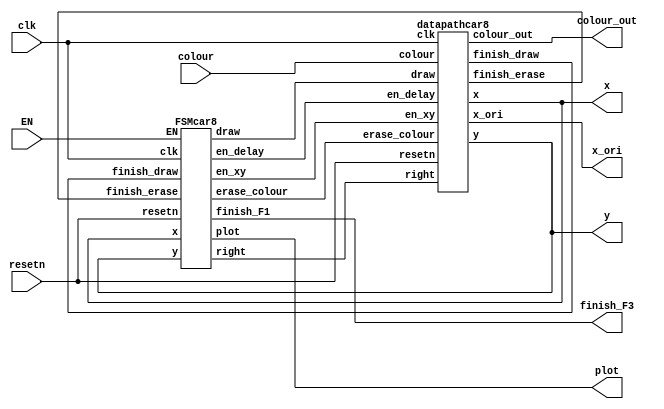
module car8(
		input [2:0] colour,
		input resetn,
		input clk,
		input EN,
		output plot,
		output finish_F3,
		output [7:0]x,
		output [6:0]y,
		output [2:0]colour_out,
		output [7:0]x_ori);
	
	
	wire draw;
	wire en_xy, en_delay, erase_colour, finish_draw, finish_erase, right;
	datapathcar8 D1(
			.colour(colour),
			.clk(clk),
			.resetn(resetn),
			.en_xy(en_xy), 
			.en_delay(en_delay),
			.erase_colour(erase_colour), 
			.draw(draw), 
			.right(right),
			.finish_draw(finish_draw),
			.finish_erase(finish_erase),
			.x(x),
			.y(y),
			.colour_out(colour_out),
			.x_ori(x_ori));
	FSMcar8 F1(
			.clk(clk), 
			.resetn(resetn),
			.finish_draw(finish_draw),
			.finish_erase(finish_erase),
			.EN(EN),
			.en_xy(en_xy), 
			.en_delay(en_delay), 
			.erase_colour(erase_colour), 
			.draw(draw), 
			.right(right),
			.finish_F1(finish_F3),
			.plot(plot),
			.x(x),
			.y(y));
		
endmodule

module datapathcar8(
			input [2:0]colour,
			input clk,
			input resetn,
			input en_xy, en_delay,erase_colour, draw, right,
			output finish_draw,
			output reg finish_erase,
			output reg [7:0]x,
			output reg [6:0]y,
			output reg [2:0]colour_out,
			output [7:0]x_ori);
			//colour reg
			always @(*)
			begin
				if (resetn == 1'b0)
					colour_out <= 3'b000;
				else
				begin
					if (erase_colour == 1'b1)
						colour_out <= 3'b000;
					else
						colour_out <= colour;
				end
			end
			
			//rate dividor, delay counter
			reg [19:0]q;
			always @(posedge clk)
			begin
				if (resetn == 1'b0)
					q <= 20'd0;
				else if (q == 20'd83333)
					q <= 20'd0;
				else 
				begin
					if (en_delay == 1'b1)
						q <= q + 1'b1;
				end
			end
			//frame counter
			wire en_frame;
			assign en_frame = (q == 20'd83333)? 1:0;
			
			reg [3:0]frame;
			always @(posedge clk)
			begin
				if (resetn == 1'b0)
					frame <= 4'b0000;
				else if (frame == 4'd5)
					frame <= 4'b0000;
				else
				begin
					if (en_frame == 1'b1)
						frame <= frame + 1'b1;
				end
			end
			
			assign finish_draw = (frame == 4'd5)? 1:0;
			//x counter
			reg [7:0]x_original;
			reg [6:0]y_original;
			assign x_ori = x_original;
			always @(posedge clk)
			begin
				if (resetn == 1'b0)begin
					x_original <= 8'd107;
					y_original <= 7'd90;
					end
				else if (en_xy == 1'b1)
				begin
					if (x_original == 8'd127)
						x_original <= 8'd26;
					else
						x_original <= x_original + 1'b1;
				end
			end
			
			//draw box
			reg [4:0]q2;
			always @(posedge clk)
			begin
				if (resetn == 1'b0)begin
					q2 <= 5'd0;
					finish_erase <= 1'b0;
					end
				else if (finish_draw)
					q2 <= 5'd0;
				else if (draw)
				begin
					if (q2 == 5'b11111)begin
						q2 <= 5'd0;
						finish_erase <= 1'b1;
						end
					else begin
						q2 <= q2 + 1'b1;
						finish_erase <= 1'b0;
						end
				end
					
			end
			
			// xy coordinate
			always @(*)
			begin
				if (!resetn) begin
					x = x_original;
					y = y_original;
				end
				else if(draw)
				begin
					x = x_original + q2[2:0];
					y = y_original + q2[4:3];
				end
			end

endmodule

module FSMcar8(
			input clk, resetn,finish_draw,finish_erase,EN,
			output reg en_xy, en_delay, erase_colour, draw, right,finish_F1,plot,
			input [7:0]x,
			input [6:0]y);
			
			reg [2:0] current_state, next_state;

			localparam  ERASE= 3'd0,
							NEW_XY = 3'd1,
							DRAW = 3'd2,
							WAIT = 3'd3;
			always @(*)
			begin: state_table
				case (current_state)
					WAIT: next_state = EN? ERASE: WAIT;
					ERASE: next_state = finish_erase ? NEW_XY : ERASE;
					NEW_XY: next_state = DRAW;
					DRAW: next_state = finish_draw ?  WAIT: DRAW;
					default: next_state = WAIT;
				endcase
			end
			
			always @(*)
			begin: signals
				en_xy = 1'b0; 
				en_delay = 1'b0;
				erase_colour = 1'b0;
				draw = 1'b0;
				plot = 1'b0;
				finish_F1 = finish_draw;
		
				case (current_state)
					DRAW: begin
					en_delay = 1'b1;
					erase_colour = 1'b0;
					draw = 1'b1;
					plot = 1'b1;
						end
					ERASE: begin
					erase_colour = 1'b1;
					draw = 1'b1;
					plot = 1'b1;
					end
					NEW_XY :
					begin
					en_xy = 1'b1;
					end
					WAIT :
					begin
					end
				endcase
			end
			//direction
//			always @(posedge clk)
//			begin
//				if(!resetn)
//					right <= 1'b1;
//				else
//				begin
//					if (x == 8'd26)
//						right <= 1'b1;
//					if (x == 8'd133)
//						right <= 1'b0;
//				end	
//			end
	
			always@(posedge clk)
			begin: state_FFs
				if(!resetn)
					current_state <= WAIT;
				else
					current_state <= next_state;
			end // state_FFS

endmodule